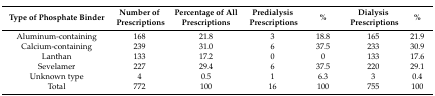
| Type of Phosphate Binder | Number of Prescriptions | Percentage of All Prescriptions | Predialysis Prescriptions | % | Dialysis Prescriptions | % |
 | --- | --- | --- | --- | --- | --- | --- |
 | Aluminum-containing | 168 | 21.8 | 3 | 18.8 | 165 | 21.9 |
 | Calcium-containing | 239 | 31.0 | 6 | 37.5 | 233 | 30.9 |
 | Lanthan | 133 | 17.2 | 0 | 0 | 133 | 17.6 |
 | Sevelamer | 227 | 29.4 | 6 | 37.5 | 220 | 29.1 |
 | Unknown type | 4 | 0.5 | 1 | 6.3 | 3 | 0.4 |
 | Total | 772 | 100 | 16 | 100 | 755 | 100 |